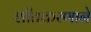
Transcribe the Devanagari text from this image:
शीतकरणाने